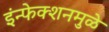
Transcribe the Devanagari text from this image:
इंन्फेक्शनमुळे